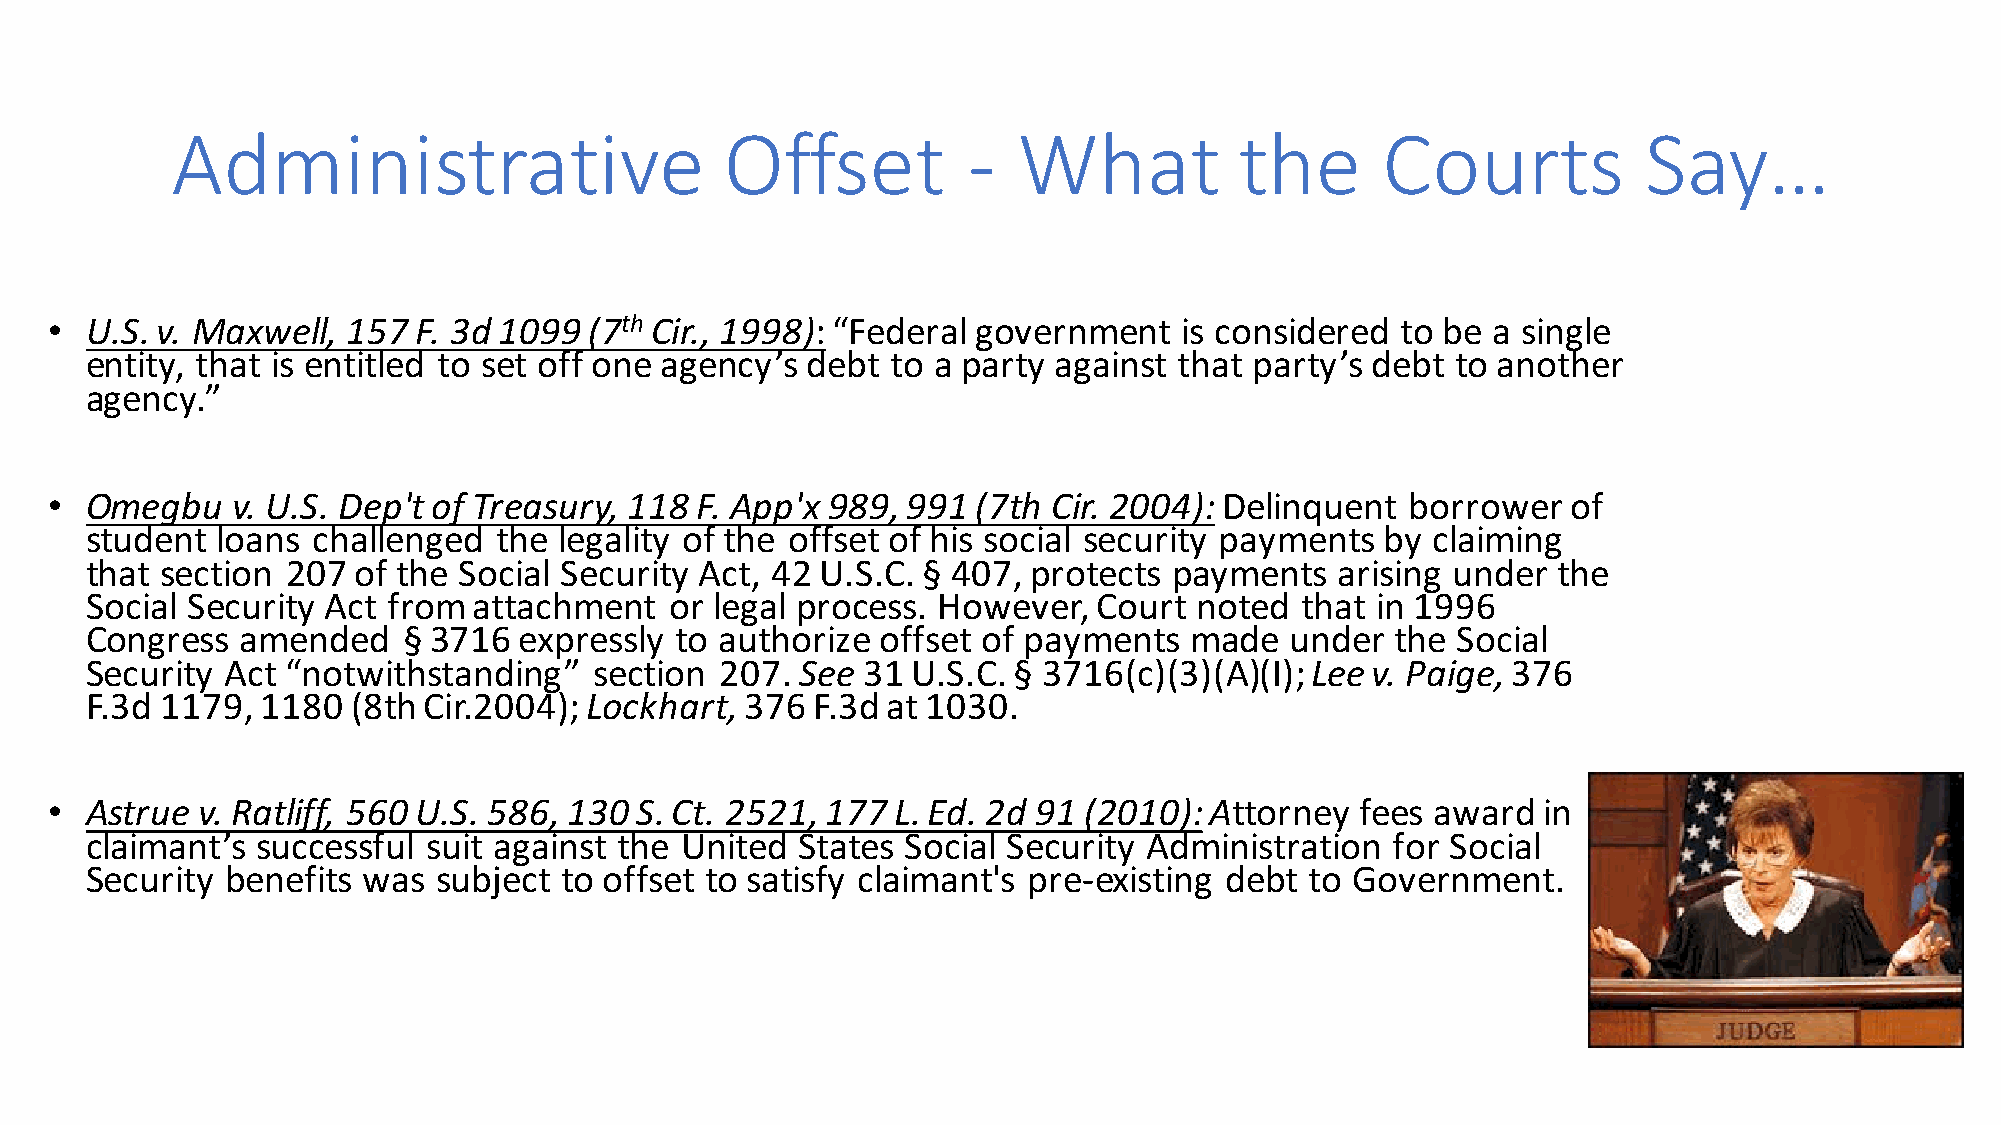
Administrative                       Offset          -  What           the      Courts            Say…
 •  U.S. v. Maxwell, 157 F. 3d 1099  (7th Cir., 1998):“Federal government   is considered  to be a single
 entity, that is entitled to set off one agency’s debt to a party against that party’s debt to another
 agency.”
 •  Omegbu   v. U.S. Dep't of Treasury, 118 F. App'x 989, 991  (7th Cir. 2004):Delinquent  borrower   of
 student loans  challenged  the legality of the offset of his social security payments by claiming
 that section 207 of the Social Security Act, 42 U.S.C. § 407, protects  payments   arising under the
 Social Security Act from attachment   or legal process. However,   Court noted  that in 1996
 Congress  amended    § 3716 expressly  to authorize offset of payments   made  under  the Social
 Security Act “notwithstanding”   section  207. See 31 U.S.C. § 3716(c)(3)(A)(I); Lee v. Paige, 376
 F.3d 1179, 1180  (8th Cir.2004); Lockhart, 376  F.3d at 1030.
 •  Astrue v. Ratliff, 560 U.S. 586, 130 S. Ct. 2521, 177 L. Ed. 2d 91 (2010):Attorney  fees award  in
 claimant’s successful suit against the United  States Social Security Administration  for Social
 Security benefits was  subject to offset to satisfy claimant's pre-existing debt to Government.